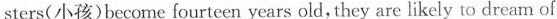
sters(小孩)become fourteen years old, they are likely to dream of